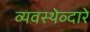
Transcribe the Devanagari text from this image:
व्यवस्थेव्दारे